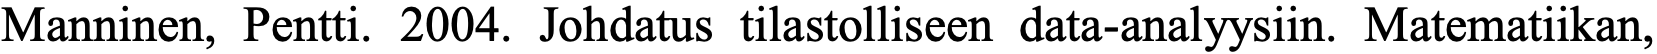
Manninen, Pentti. 2004. Johdatus tilastolliseen data-analyysiin. Matematiikan,